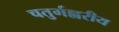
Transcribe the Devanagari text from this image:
चतुर्गह्वरीय